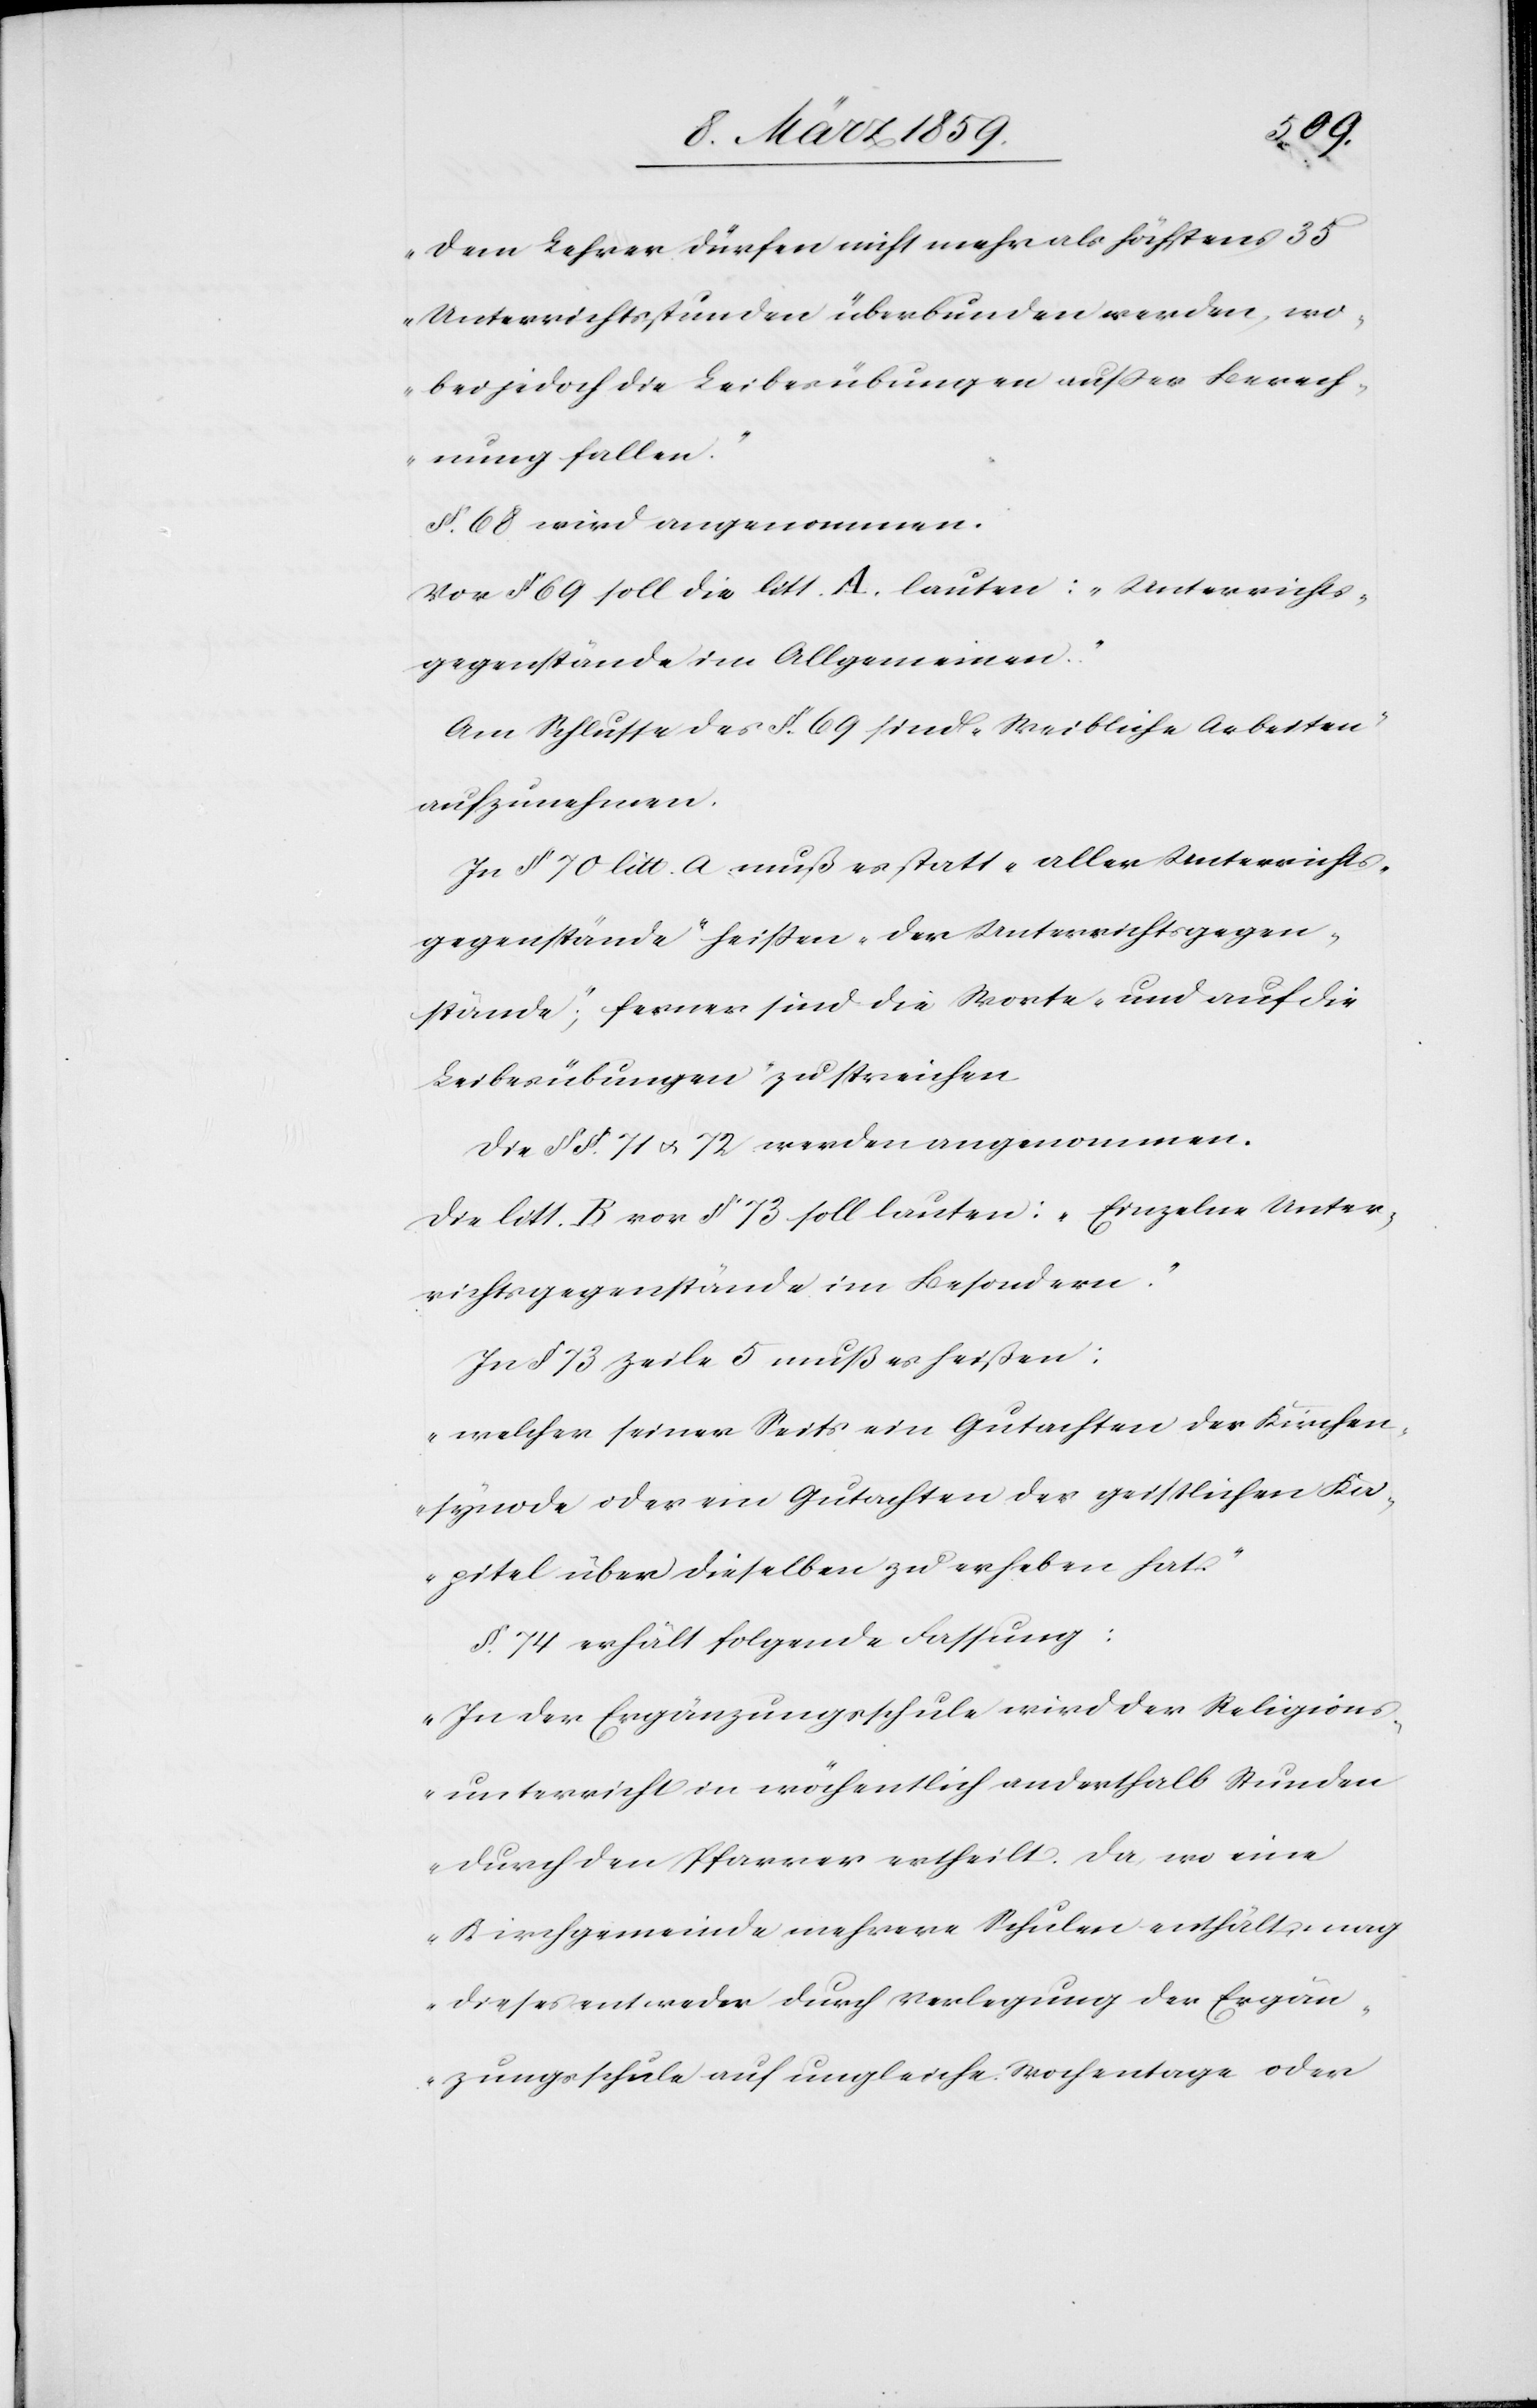
„Dem Lehrer dürfen nicht mehr als höchstens 35
Unterrichtsstunden überbunden werden, wo¬
bei jedoch die Leibesübungen außer Berech¬
nung fallen.“
§. 68 wird angenommen.
Vor § 69 soll die litt. A. lauten: „Unterrichts¬
gegenstände im Allgemeinen.“
Am Schlusse des §. 69 sind „Weibliche Arbeiten“
aufzunehmen.
In § 70 litt. a muß es statt „aller Unterrichts¬
gegenstände“ heißen „ der Unterrichtsgegen¬
stände“; ferner sind die Worte „und auf die
Leibesübungen“ zu streichen.
Die §§. 71 u. 72 werden angenommen.
Die litt. B. von § 73 soll lauten: „Einzelne Unter¬
richtsgegenstände im Besondern.“
In § 73 Zeile 5 muß es heißen:
„welcher seiner Seits ein Gutachten der Kirchen¬
synode oder ein Gutachten des geistlichen Ka¬
pitel über dieselben zu erheben hat.“
§. 74 erhält folgende Fassung:
„In der Ergänzungsschule wird der Religions¬
unterricht in wöchentlich anderthalb Stunden
durch den Pfarrer ertheilt. Da wo eine
Kirchgemeinde mehrere Schulen enthält, mag
dieses entweder durch Verlegung der Ergän¬
zungsschule auf ungleiche Wochentage oder